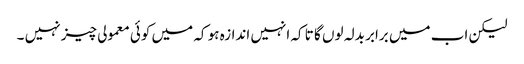
لیکن اب میں برابر بدلہ لوں گا تا کہ انہیں اندازہ ہو کہ میں کوئی معمولی چیز نہیں ۔